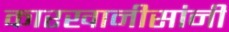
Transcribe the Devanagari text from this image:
कारखानीसांनी